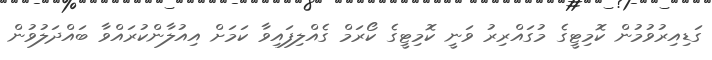
ގަޑިއިރުވުމުން ކޮމިޓީގެ މުގައްރިރު ވަނީ ކޮމިޓީގެ ކޯރަމް ގެއްލިފައިވާ ކަމަށް އިއުލާންކުރައްވާ ބައްދަލުވުން